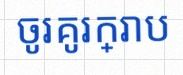
ចូរគូរក្រាប